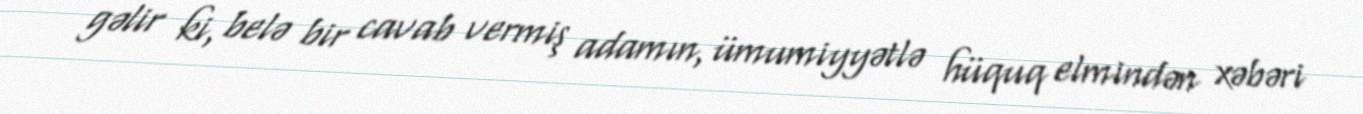
gəlir ki, belə bir cavab vermiş adamın, ümumiyyətlə hüquq elmindən xəbəri